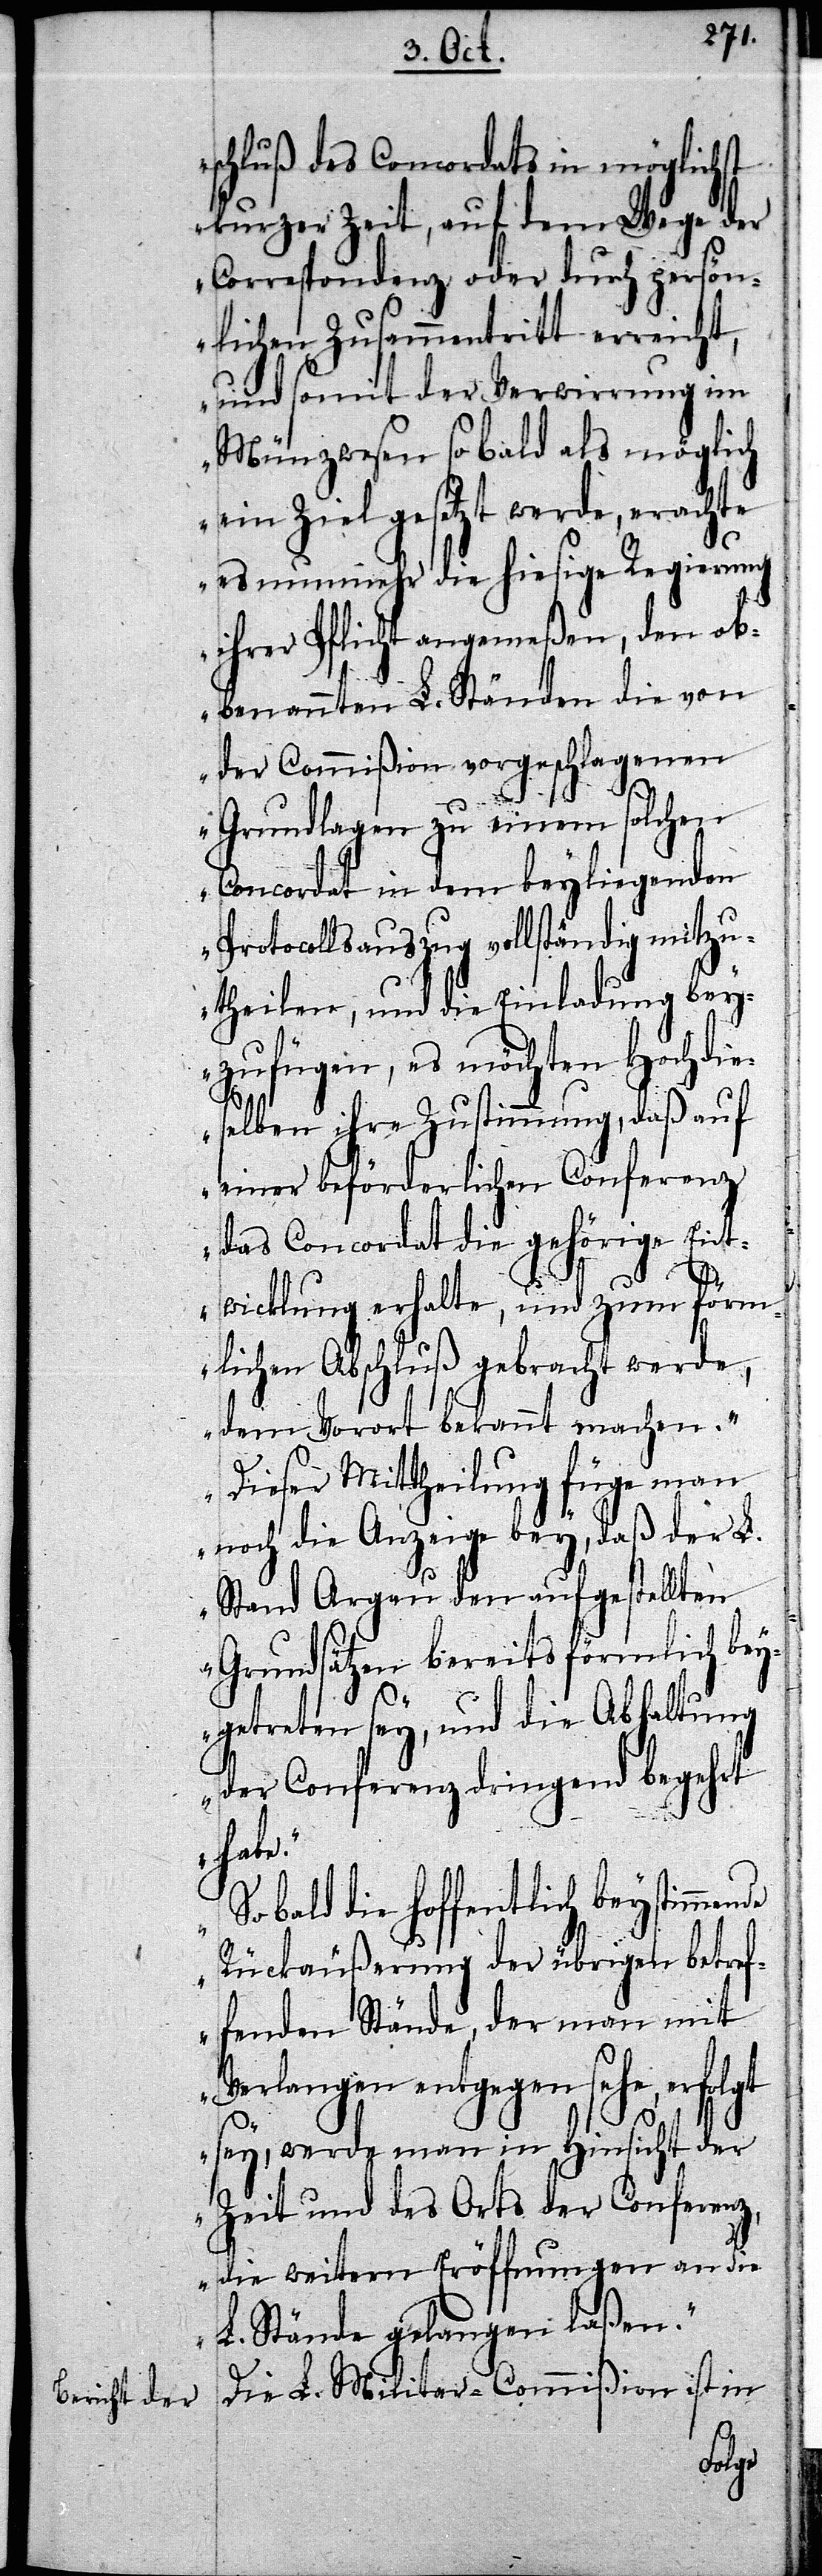
schluß des Concordats in möglichst
kurzer Zeit, auf dem Wege der
Correspondenz oder durch persön¬
lichen Zusammentritt erreicht,
und somit der Verwirrung im
Münzwesen so bald als möglich
ein Ziel gesetzt werde, erachte
es nunmehr die hiesige Regierung
ihrer Pflicht angemeßen, den ob¬
benannten L. Ständen die von
der Commißion vorgeschlagenen
Grundlagen zu einem solchen
Concordat in dem beyliegenden
Protocollsauszug vollständig mitzu¬
theilen, und die Einladung bey¬
zufügen, es möchten Hochdie¬
selben ihre Zustimmung, daß auf
einer beförderlichen Conferenz
das Concordat die gehörige Ent¬
de
wicklung erhalte, und zum förm¬
lichen Abschluß gebracht werde,
dem Vorort bekannt zu machen.
Dieser Mittheilung füge man
noch die Anzeige bey, daß der L.
Stand Argau den aufgestellten
Grundsätzen bereits förmlich beyg¬
etreten sey, und die Abhaltung
der Conferenz dringend begehrt
habe.
So bald die hoffentlich beystimmen¬
Rückäußerung der übrigen betref¬
fenden Stände, der man mit
Verlangen entgegen sehe, erfolgt
sey, werde man in Hinsicht der
Zeit und des Orts der Conferenz,
die weitern Eröffnungen an die
L. Stände gelangen laßen.“
Die L. Militar-Commißion ist in